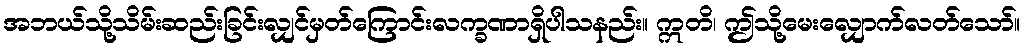
အဘယ်သို့သိမ်းဆည်းခြင်းလျှင်မှတ်ကြောင်းလက္ခဏာရှိပါသနည်း။ ဣတိ၊ ဤသို့မေးလျှောက်လတ်သော်။